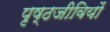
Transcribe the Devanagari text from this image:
पृष्ठजीवियों